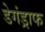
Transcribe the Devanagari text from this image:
डेगंड्राफ